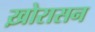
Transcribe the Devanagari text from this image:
ख़ोरासन